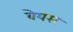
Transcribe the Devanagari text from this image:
बेयरर